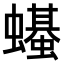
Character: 𫋣